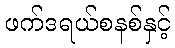
ဖက်ဒရယ်စနစ်နှင့်